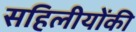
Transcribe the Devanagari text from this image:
सहिलीयोंकी